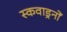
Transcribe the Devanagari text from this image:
स्कवाड्रनों